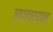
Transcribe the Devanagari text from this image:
लालापन